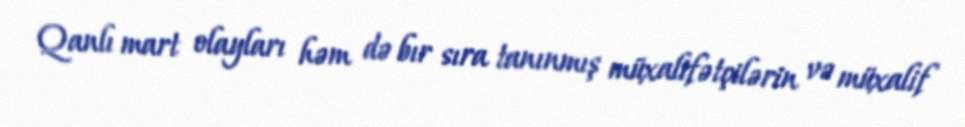
Qanlı mart olayları həm də bır sıra tanınmış müxalifətçilərin və müxalif